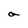
Character: a